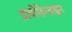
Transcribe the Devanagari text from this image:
डायोफेन्ताइन